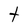
Character: t